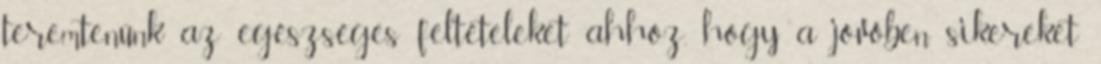
teremtenünk az egészséges feltételeket ahhoz, hogy a jövőben sikereket